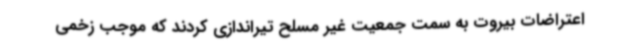
اعتراضات بیروت به سمت جمعیت غیر مسلح تیراندازی کردند که موجب زخمی